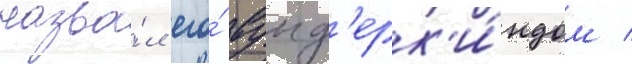
назва́л его́ вунд'ерк'и́ндом /